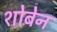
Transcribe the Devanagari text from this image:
शोबेन